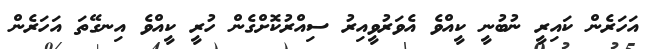
އަހަރެން ކައިރީ ނުބުނީ ކީއްވެ އެވަރުވީއިރު ސިއްރުކޮށްގެން ހުރީ ކީއްވެ އިނގޭތަ އަހަރެން